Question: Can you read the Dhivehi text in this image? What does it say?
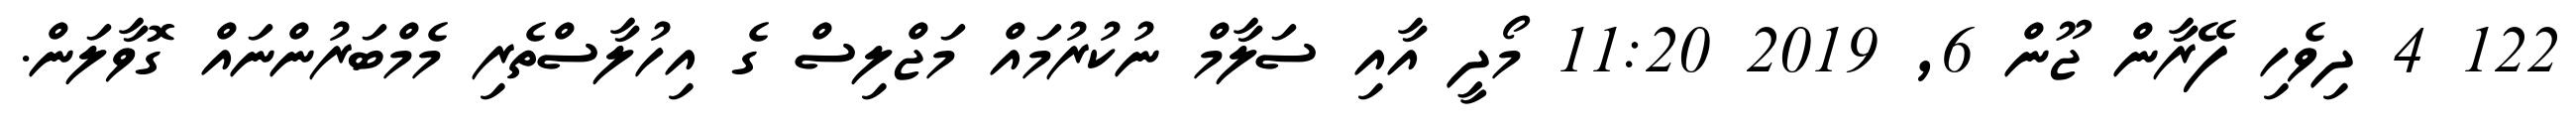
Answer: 122 4 ދިވެހި ފޭރާން ޖޫން 6, 2019 11:20 މޯދީ އާއި ސަލާމް ނުކުރުމައް މަޖްލިސް ގެ އިހުލާސްތެރި މެމްބަރުންނައް ގޮވާލަން.